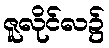
ဇူလိုင်လ၌